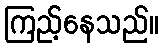
ကြည့်နေသည်။